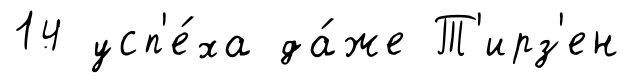
14 усп'е́ха да́же Т'ирз'ен